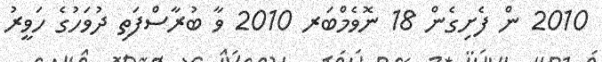
2010 ން ފެށިގެން 18 ނޮވެމްބަރ 2010 ވާ ބުރާސްފަތި ދުވަހުގެ ހަވީރު